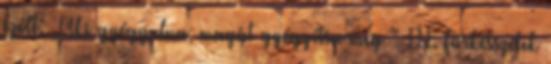
szólt: „Aki gyógyulna, magát gyógyítsa meg ” 111. Fürkésszétek